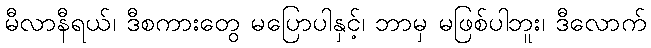
မီလာနီရယ်၊ ဒီစကားတွေ မပြောပါနှင့်၊ ဘာမှ မဖြစ်ပါဘူး၊ ဒီလောက်